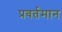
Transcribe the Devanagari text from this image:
प्रवर्तमान